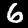
Label: 6